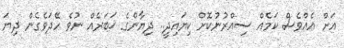
އަށް އެއްވެސް ކަމެއް ސިއްރުނުކޮށް ކިޔައިދީ.. ދިޔާންގެ ޚަބަރެއް ނުވެ ހޭދަވެގެން ދިޔަ